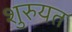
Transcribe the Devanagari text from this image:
शुरुयत